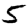
Digit: 5